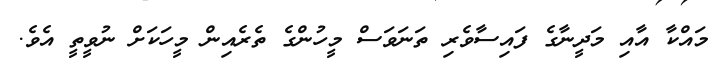
މައްކާ އާއިި މަދީނާގެ ފައިސާވެރި ތަނަވަސް މީހުންގެ ތެރެއިން މީހަކަށް ނުވީތީ އެވެ.